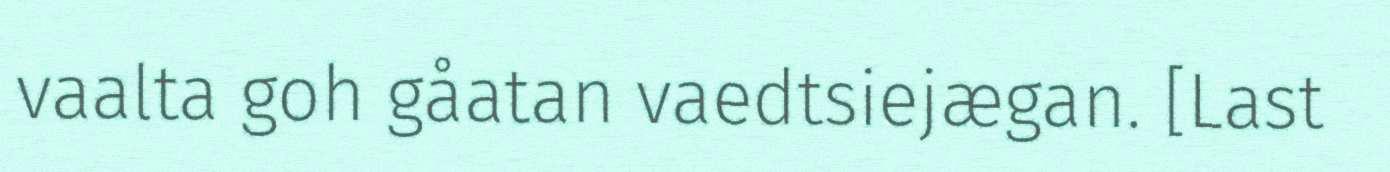
vaalta goh gåatan vaedtsiejægan. [Last